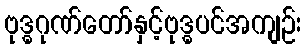
ဗုဒ္ဓဂုဏ်တော်နှင့်ဗုဒ္ဓပင်အကျဉ်း